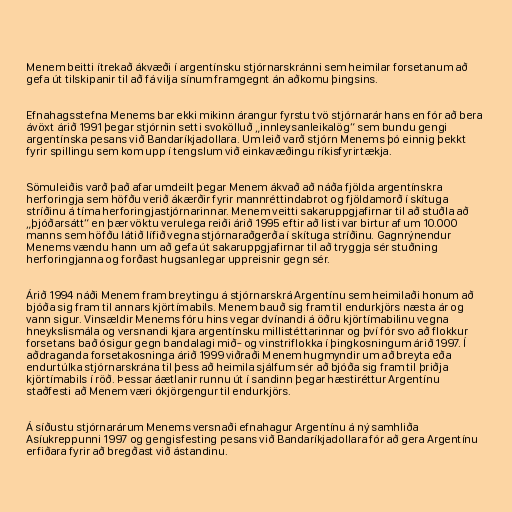
Menem beitti ítrekað ákvæði í argentínsku stjórnarskránni sem heimilar forsetanum að
gefa út tilskipanir til að fá vilja sínum framgegnt án aðkomu þingsins.

Efnahagsstefna Menems bar ekki mikinn árangur fyrstu tvö stjórnarár hans en fór að bera
ávöxt árið 1991 þegar stjórnin setti svokölluð „innleysanleikalög“ sem bundu gengi
argentínska pesans við Bandaríkjadollara. Um leið varð stjórn Menems þó einnig þekkt
fyrir spillingu sem kom upp í tengslum við einkavæðingu ríkisfyrirtækja.

Sömuleiðis varð það afar umdeilt þegar Menem ákvað að náða fjölda argentínskra
herforingja sem höfðu verið ákærðir fyrir mannréttindabrot og fjöldamorð í skítuga
stríðinu á tíma herforingjastjórnarinnar. Menem veitti sakaruppgjafirnar til að stuðla að
„þjóðarsátt“ en þær vöktu verulega reiði árið 1995 eftir að listi var birtur af um 10.000
manns sem höfðu látið lífið vegna stjórnaraðgerða í skítuga stríðinu. Gagnrýnendur
Menems vændu hann um að gefa út sakaruppgjafirnar til að tryggja sér stuðning
herforingjanna og forðast hugsanlegar uppreisnir gegn sér.

Árið 1994 náði Menem fram breytingu á stjórnarskrá Argentínu sem heimilaði honum að
bjóða sig fram til annars kjörtímabils. Menem bauð sig fram til endurkjörs næsta ár og
vann sigur. Vinsældir Menems fóru hins vegar dvínandi á öðru kjörtímabilinu vegna
hneykslismála og versnandi kjara argentínsku millistéttarinnar og því fór svo að flokkur
forsetans bað ósigur gegn bandalagi mið- og vinstriflokka í þingkosningum árið 1997. Í
aðdraganda forsetakosninga árið 1999 viðraði Menem hugmyndir um að breyta eða
endurtúlka stjórnarskrána til þess að heimila sjálfum sér að bjóða sig fram til þriðja
kjörtímabils í röð. Þessar áætlanir runnu út í sandinn þegar hæstiréttur Argentínu
staðfesti að Menem væri ókjörgengur til endurkjörs.

Á síðustu stjórnarárum Menems versnaði efnahagur Argentínu á ný samhliða
Asíukreppunni 1997 og gengisfesting pesans við Bandaríkjadollara fór að gera Argentínu
erfiðara fyrir að bregðast við ástandinu.